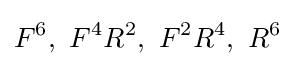
F^{6},\ F^{4}R^{2},\ F^{2}R^{4},\ R^{6}